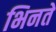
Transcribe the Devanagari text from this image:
भिनते